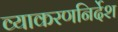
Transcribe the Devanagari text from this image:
व्याकरणनिर्देश